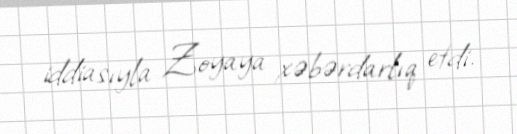
iddiasıyla Zoyaya xəbərdarlıq etdi.